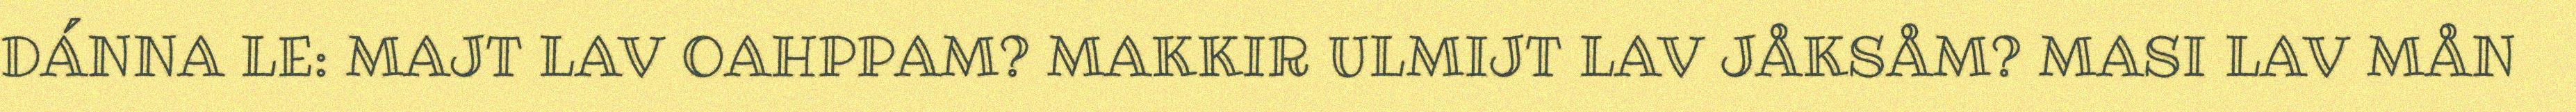
DÁNNA LE: MAJT LAV OAHPPAM? MAKKIR ULMIJT LAV JÅKSÅM? MASI LAV MÅN